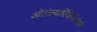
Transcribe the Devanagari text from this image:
ओटोल्यारिंजियोलोजी